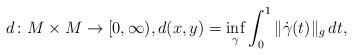
LaTeX: \begin{align*} d\colon M\times M\to[0,\infty), d(x,y)=\inf_\gamma \int_0^1 \|\dot\gamma(t)\|_g\, dt,\end{align*}